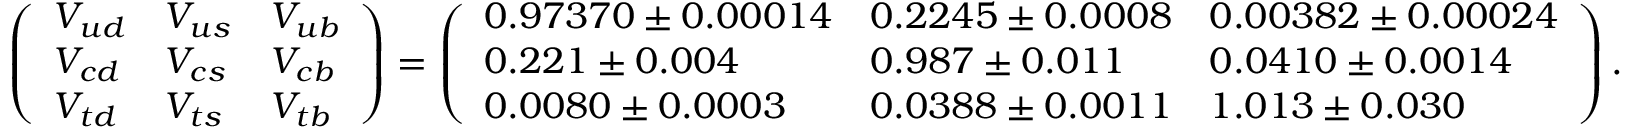
\begin{array} { r } { \left( \begin{array} { l l l } { V _ { u d } } & { V _ { u s } } & { V _ { u b } } \\ { V _ { c d } } & { V _ { c s } } & { V _ { c b } } \\ { V _ { t d } } & { V _ { t s } } & { V _ { t b } } \end{array} \right) = \left( \begin{array} { l l l } { 0 . 9 7 3 7 0 \pm 0 . 0 0 0 1 4 } & { 0 . 2 2 4 5 \pm 0 . 0 0 0 8 } & { 0 . 0 0 3 8 2 \pm 0 . 0 0 0 2 4 } \\ { 0 . 2 2 1 \pm 0 . 0 0 4 } & { 0 . 9 8 7 \pm 0 . 0 1 1 } & { 0 . 0 4 1 0 \pm 0 . 0 0 1 4 } \\ { 0 . 0 0 8 0 \pm 0 . 0 0 0 3 } & { 0 . 0 3 8 8 \pm 0 . 0 0 1 1 } & { 1 . 0 1 3 \pm 0 . 0 3 0 } \end{array} \right) . } \end{array}